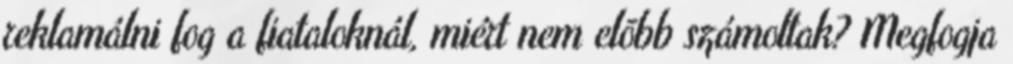
reklamálni fog a fiataloknál, miért nem elõbb számoltak? Megfogja